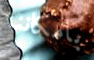
بامكاننا